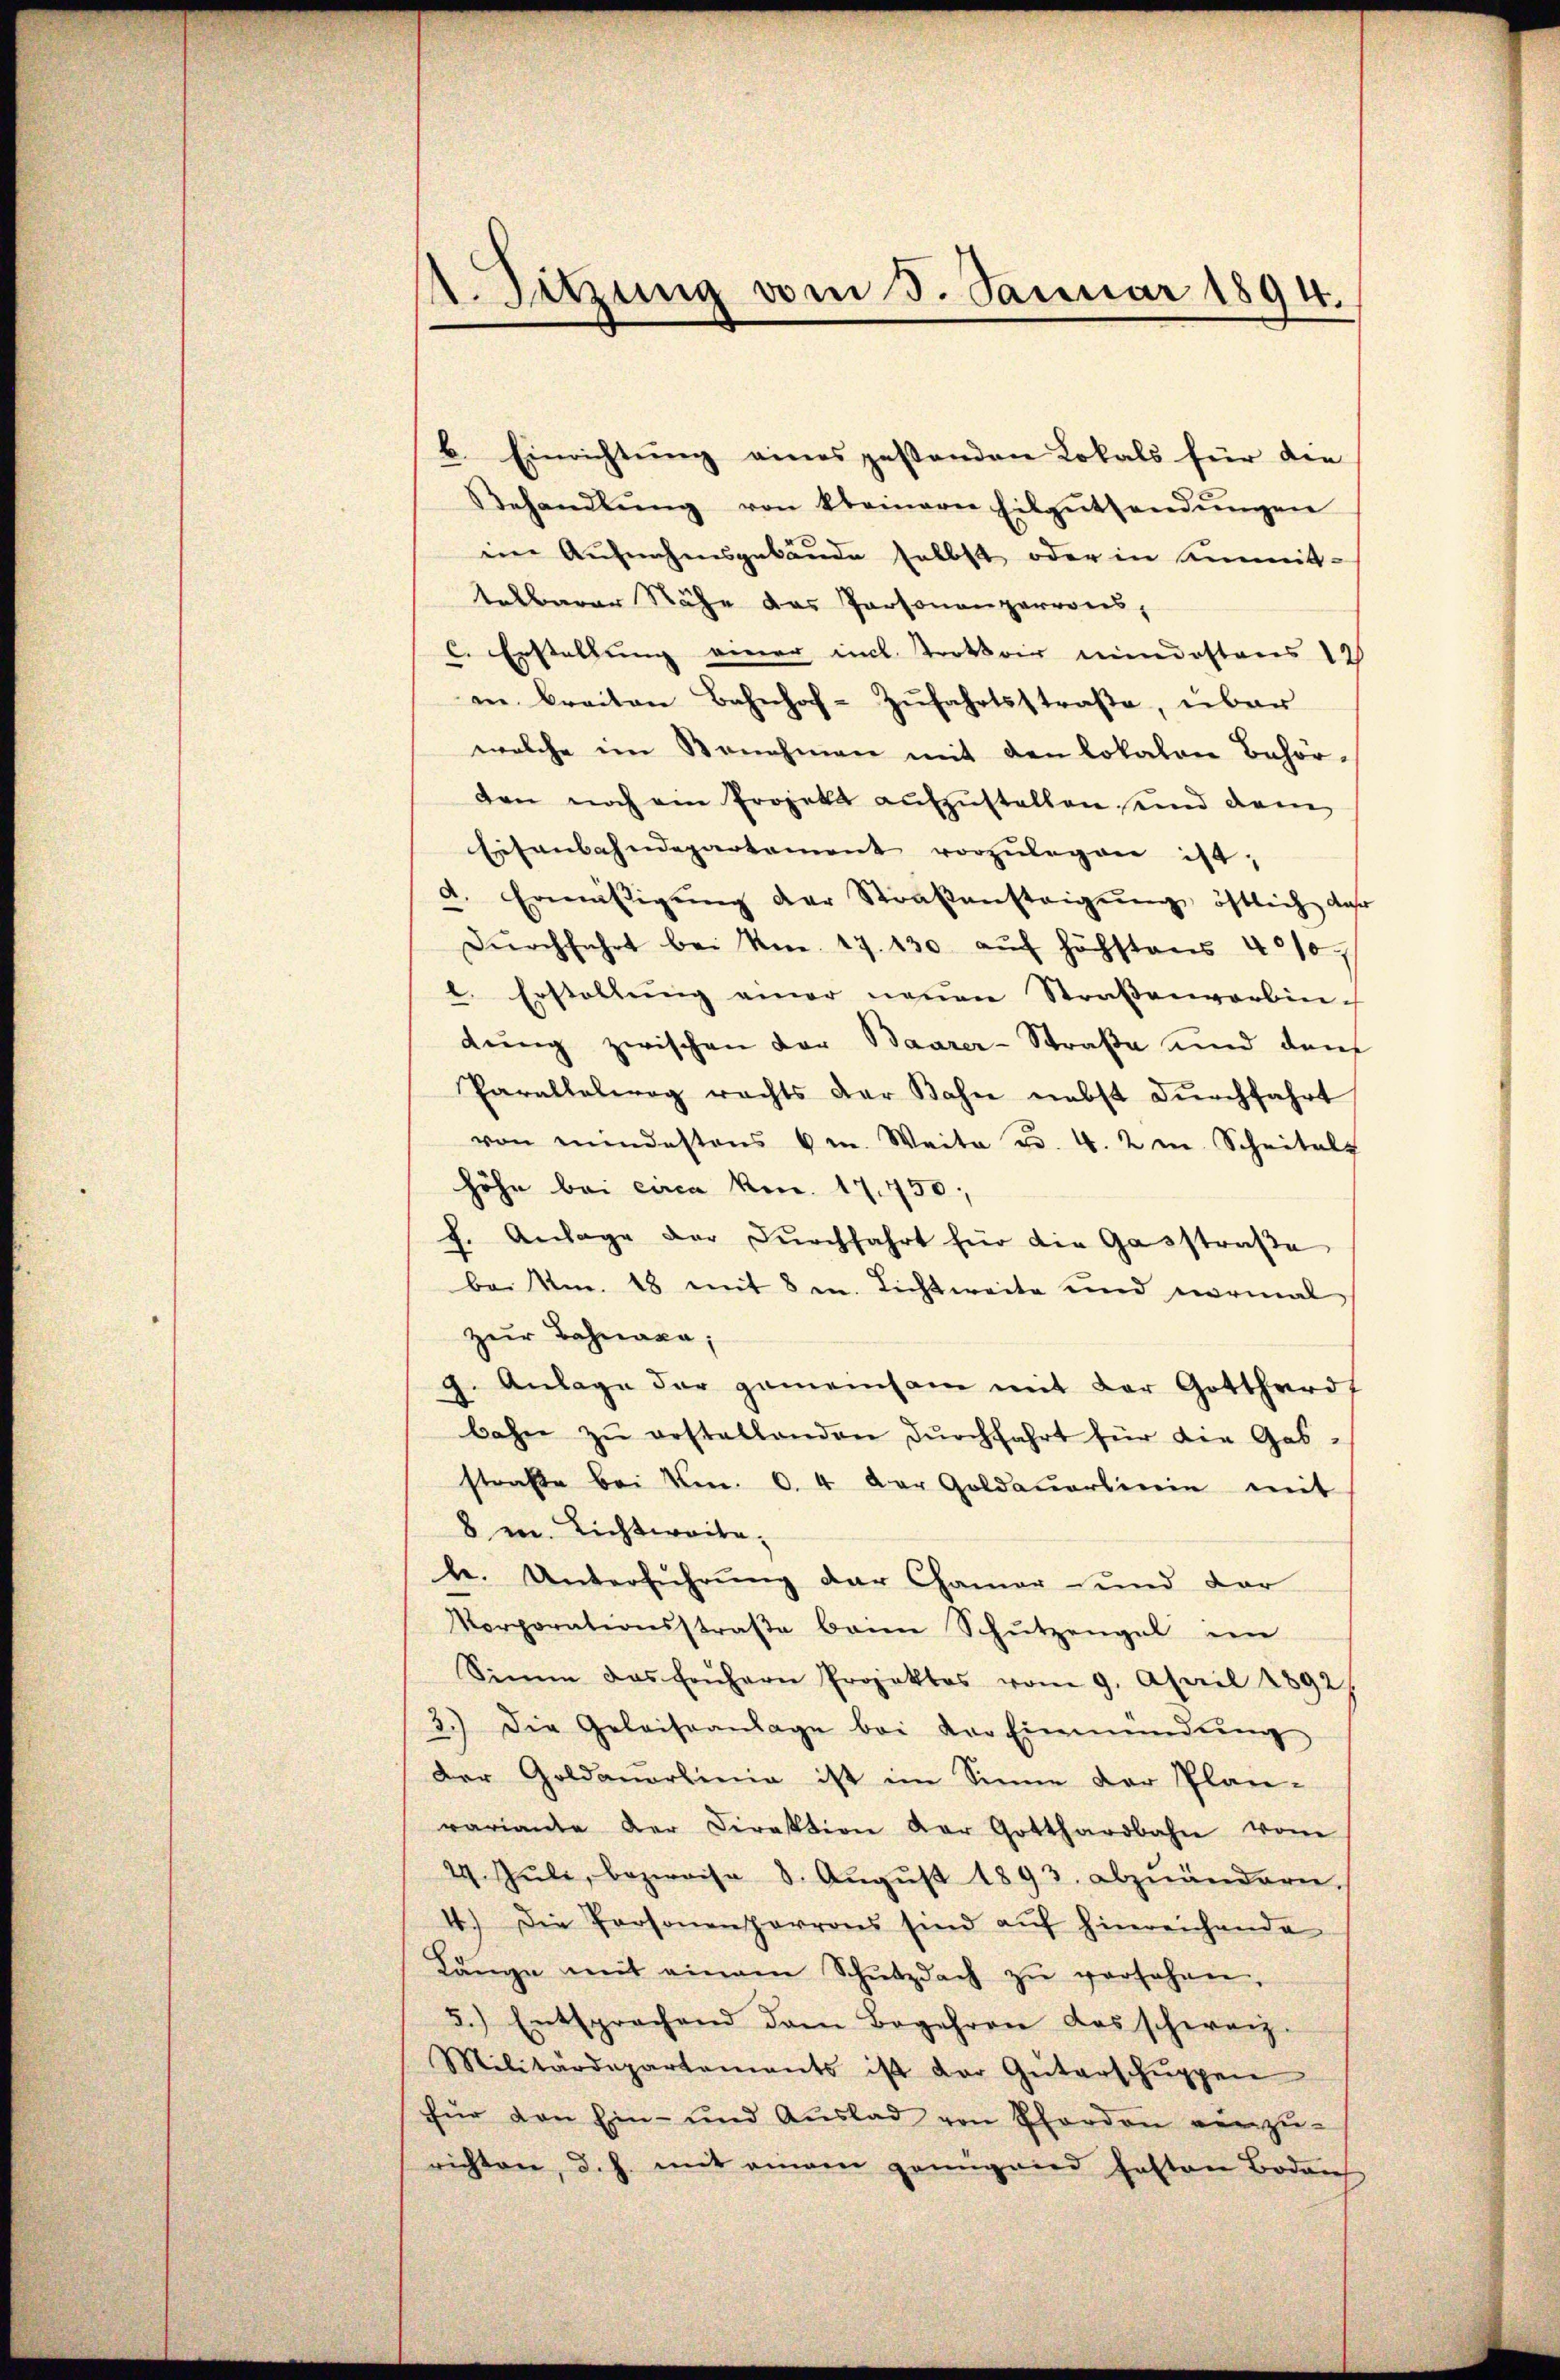
A. Sitzung vom 3. Januar 1894.

b. Einrichtung eines gestanden Lokals für die
Behandlŭng von kleiner Eilgŭtsendŭngen
iin Aufnahmsgebäude selbst oder in Kinmit-
telbarer Nähe das Personanzerrons,
C. Erstellung einer incl. Tortoir mindestens 19
in breiten Bahnhof-Zufahrtsstraße, über
welche im Benehmen mit den lokalen Behörden noch ein Projekt aŭfzŭstellen und dam
Eisenbahndepartement vorzŭlegen ist;
d. Ermäβigŭng der Straßensteigung östlich das
Dŭrchfahrt bei Nm. 17. 130 aŭf höchstens 4010
l. Erstellŭng einer neŭen Straßenverbin-
dung zwischen der Baarer-Straße und dem
Parallelwog rechts der Bahn nebst durchfahrt
von mindestens um. Weite Fr. 4. 2 m. Scheitalz
höhe bei circa Ven. 17. 430,
h. Anlage der Dŭrchfahrt für die Gasstraβe
bai Nr. 18 mit 8 m. Lichtweite und normal
zur Bahnaxa;
g. Anlage der gemeinsam mit der Gotthardt
bahn zŭ erstellenden dŭrchfahrt für die Gas-
strafe bei kn. 6. 4 der Goldaŭerlinie mit
8 mn. Lichtweite.
h. Unterführung der Chamer- und der
Korporationsstraße beim Schutzengel in
Sinne das frühern Projektes vom 9. April 1892
3.) Die Geleiseanlage bei der Einmündŭng
Der Goldauerlinie ist im Sinne der Plan-
variante der Direktion der Gotthardbahn vom
29. Jŭli, bezweise 8. Aŭgŭst 1893. abzuändern.
4.) Die Personenhorrons sind aŭf hinreichende
Länge mit einem Schŭtzdach zŭ versehen,
5.) Entsprachend dem Begehren das schweiz.
Militärdepartements ist der Güterschŭppen
für den Ein- und Aŭslad von Pforden verzu-
richten, d. h. mit einem gaingaind hatten Bodens